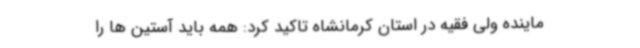
ماینده ولی فقیه در استان کرمانشاه تاکید کرد: همه باید آستین ها را